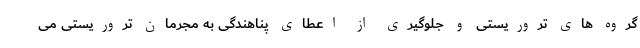
گروه های تروریستی و جلوگیری از اعطای پناهندگی به مجرمان تروریستی می